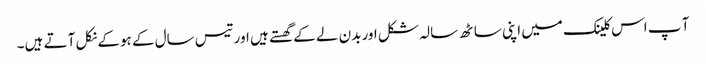
آ پ اس کلینک میں اپنی ساٹھ سالہ شکل اور بدن لے کے گھستے ہیں اور تیس سال کے ہوکے نکل آ تے ہیں۔